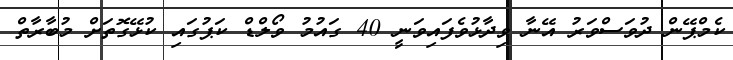
ކެމްޕޭން ދުވަސްވަރު އޭނާ ވިދާޅުވެފައިވަނީ 40 ގައުމު ވޯލްޑް ކަޕުގައި ކުޅޭގޮތަށް މުބާރާތް